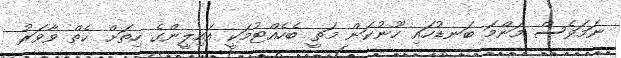
ނަމަވެސް މަންމަ ބަނޑުހައި ހޫނުކަން މަތީ ބެހެއްޓުމަކީ އައިލީންގެ ހިތަށް ކެތް ވާވަރު